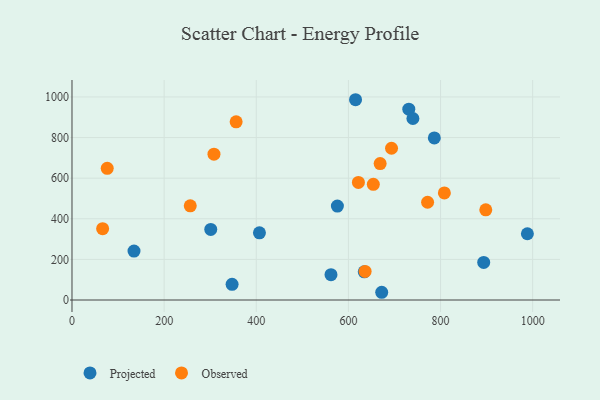
{"axis": {"x": "Ad Spend", "y": "Fuel Efficiency"}, "legend": ["Observed", "Projected"], "data": [{"x": "134.6", "y": 240.9, "type": "Projected"}, {"x": "576.1", "y": 462.5, "type": "Projected"}, {"x": "406.9", "y": 330.7, "type": "Projected"}, {"x": "672.3", "y": 38.1, "type": "Projected"}, {"x": "634.4", "y": 138.6, "type": "Projected"}, {"x": "786.5", "y": 798.2, "type": "Projected"}, {"x": "893.7", "y": 185.2, "type": "Projected"}, {"x": "301.2", "y": 347.6, "type": "Projected"}, {"x": "988.5", "y": 326.2, "type": "Projected"}, {"x": "347.5", "y": 77.3, "type": "Projected"}, {"x": "615.5", "y": 986.3, "type": "Projected"}, {"x": "562.2", "y": 125.0, "type": "Projected"}, {"x": "731.1", "y": 939.9, "type": "Projected"}, {"x": "740.0", "y": 893.8, "type": "Projected"}, {"x": "66.5", "y": 351.1, "type": "Observed"}, {"x": "621.7", "y": 579.0, "type": "Observed"}, {"x": "668.9", "y": 671.7, "type": "Observed"}, {"x": "693.6", "y": 747.4, "type": "Observed"}, {"x": "771.9", "y": 481.4, "type": "Observed"}, {"x": "308.2", "y": 718.0, "type": "Observed"}, {"x": "654.1", "y": 569.7, "type": "Observed"}, {"x": "636.3", "y": 141.0, "type": "Observed"}, {"x": "808.3", "y": 527.3, "type": "Observed"}, {"x": "256.7", "y": 463.6, "type": "Observed"}, {"x": "76.5", "y": 648.5, "type": "Observed"}, {"x": "356.3", "y": 877.7, "type": "Observed"}, {"x": "898.2", "y": 444.3, "type": "Observed"}]}